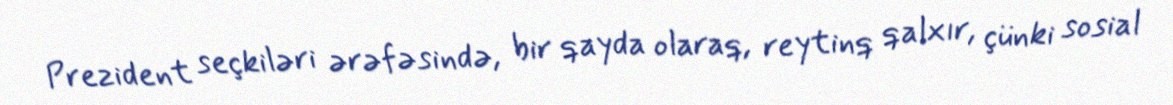
Prezident seçkiləri ərəfəsində, bir qayda olaraq, reytinq qalxır, çünki sosial